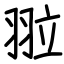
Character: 翋